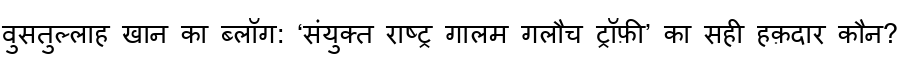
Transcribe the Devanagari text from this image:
वुसतुल्लाह खान का ब्लॉग: ‘संयुक्त राष्ट्र गालम गलौच ट्रॉफ़ी’ का सही हक़दार कौन?